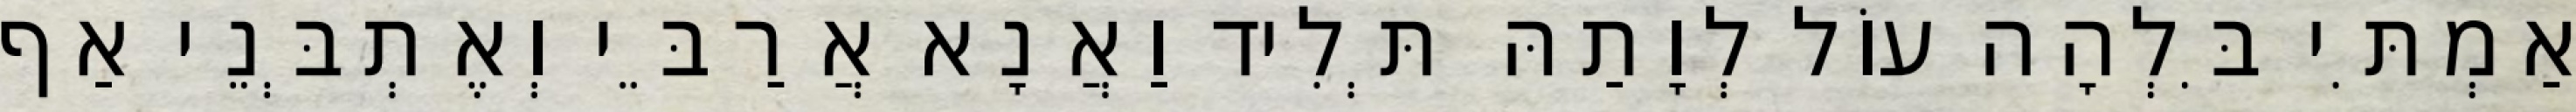
אַמְתִּי בִּלְהָה עוֹל לְוָתַהּ תְּלִיד וַאֲנָא אֲרַבֵּי וְאֶתְבְּנֵי אַף